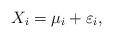
LaTeX: \begin{align*}X_i=\mu_i+\varepsilon_i,\end{align*}